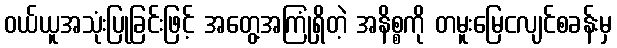
ဝယ်ယူအသုံးပြုခြင်းဖြင့် အတွေ့အကြုံရှိတဲ့ အနိစ္စကို တမူးမြေငလျင်စခန်းမှ